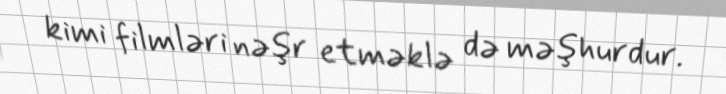
kimi filmləri nəşr etməklə də məşhurdur.